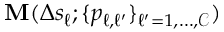
{ \bf M } ( \Delta s _ { \ell } ; { \{ p _ { \ell , \ell ^ { \prime } } \} _ { \ell ^ { \prime } = 1 , \dots , \mathcal { C } } } )